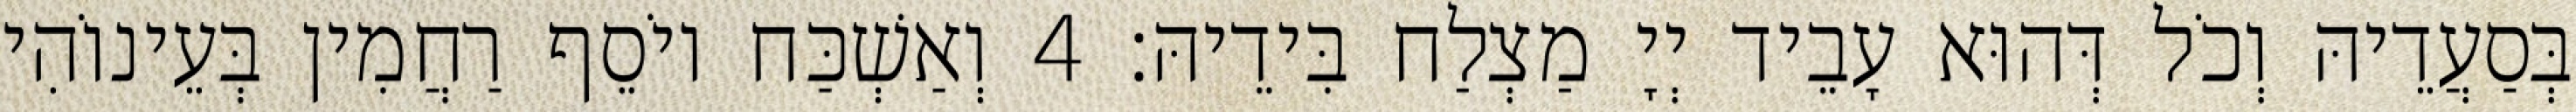
בְּסַעֲדֵיהּ וְכֹל דְּהוּא עָבֵיד יְיָ מַצְלַח בִּידֵיהּ׃ 4 וְאַשְׁכַּח יוֹסֵף רַחֲמִין בְּעֵינוֹהִי